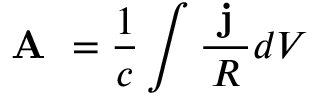
\textbf { A } = \frac { 1 } { c } \int \frac { \textbf { j } } { R } d V